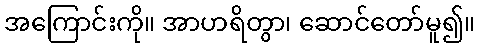
အကြောင်းကို။ အာဟရိတွာ၊ ဆောင်တော်မူ၍။